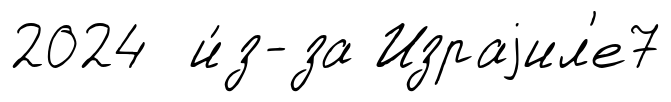
2024 и́з-за Израjил'е7